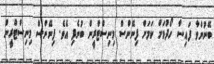
ބޭނުންވާ ފައިސާ ހޯދުމަށް ކަމަށް ފިނޭންސް މިނިސްޓްރީން ބުނެފި އެވެ. ފިނޭންސް މިނިސްޓްރީން